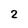
Character: 2